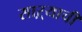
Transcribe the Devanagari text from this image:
साऱ्याची